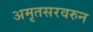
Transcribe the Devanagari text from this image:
अमृतसरवरुन